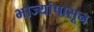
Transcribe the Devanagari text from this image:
भाज्यांपासून